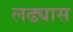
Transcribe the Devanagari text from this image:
लढ्यास